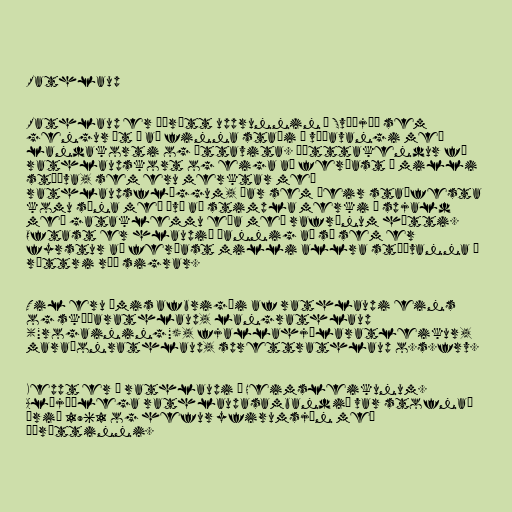
Rathlaup

Rathlaup er íþrótt upprunnin í Svíþjóð sem
gengur út á að finna staði á víðavangi með
landakorti og áttavita. Þátttakendur fá
rathlaupskort og eiga að ferðast á milli
stöðva, sem eru merktar með
rathlaupsflöggum, þar sem þeir staðfesta
komu sína með því að stimpla merki á spjald
með gataklemmu eða með rafrænum hætti.
Oftast er hlaupið þannig að sá sem er
fyrstur að ferðast milli allra stöðvanna í
réttri röð sigrar.

Til eru ýmis afbrigði af rathlaupi eins
og skíðarathlaup, langrathlaup
("rogaining"), fjallahjólaratleikur,
maraþonrathlaup, sprettrathlaup o.s.frv.

Keppt er í rathlaupi á Heimsleikunum.
Alþjóðlega rathlaupasambandið var stofnað
árið 1961 og hefur yfirumsjón með
íþróttinni.